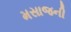
મસાજની